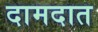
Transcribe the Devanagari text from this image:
दामदात